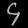
Digit: ၄